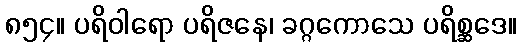
၈၅၄။ ပရိဝါရော ပရိဇနေ၊ ခဂ္ဂကောသေ ပရိစ္ဆဒေ။